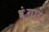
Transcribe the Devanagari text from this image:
श्रृंंगार